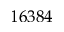
1 6 3 8 4